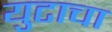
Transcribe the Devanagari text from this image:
युटाचा